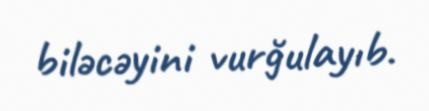
biləcəyini vurğulayıb.